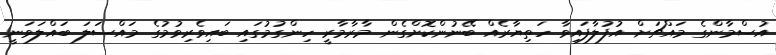
އުސްމާންގެ މައްޗަށް އުފުލާފައިވާ ހަތިޔާރެއް ބޭނުންކޮށްގެން މާރާމާރީ ހިންގުމުގައި ބައިވެރިވުމުގެ މައްސަލަ ބައްލަވަނީ